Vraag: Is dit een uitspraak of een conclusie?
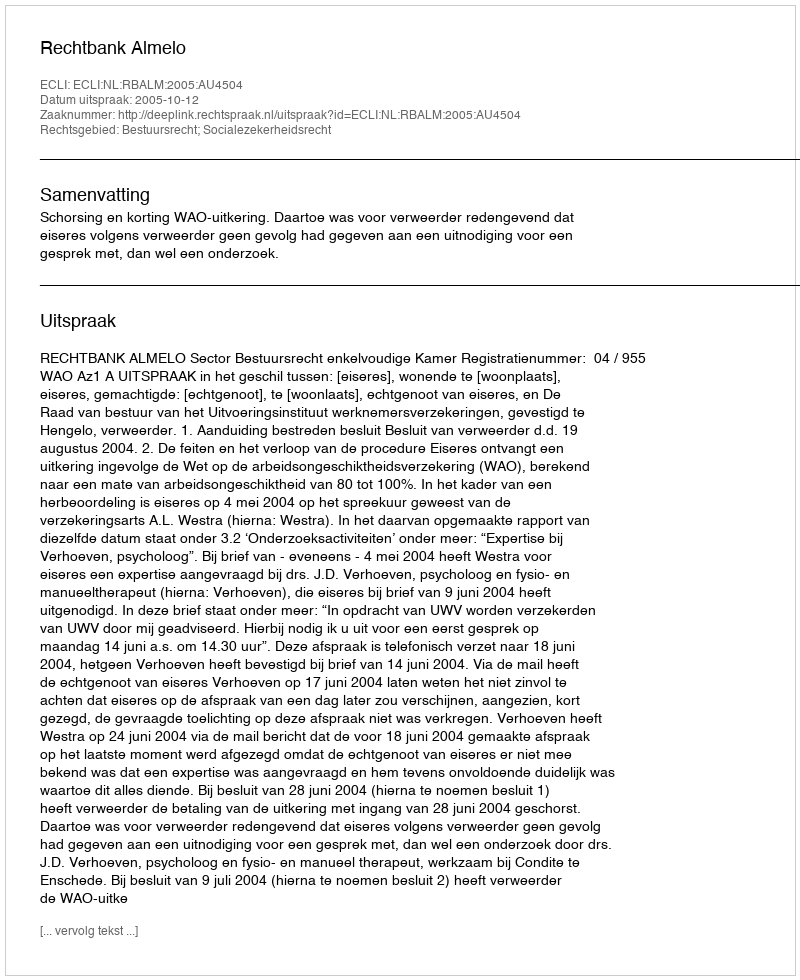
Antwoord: Uitspraak